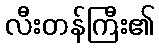
လီးတန်ကြီး၏